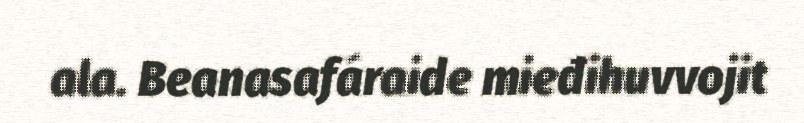
ala. Beanasafáraide mieđihuvvojit